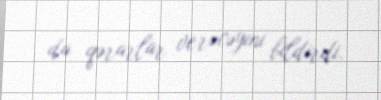
da qərarlar verəcəyini bildirdi.